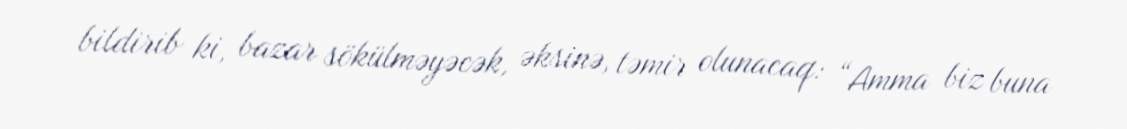
bildirib ki, bazar sökülməyəcək, əksinə, təmir olunacaq: “Amma biz buna